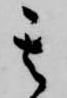
其